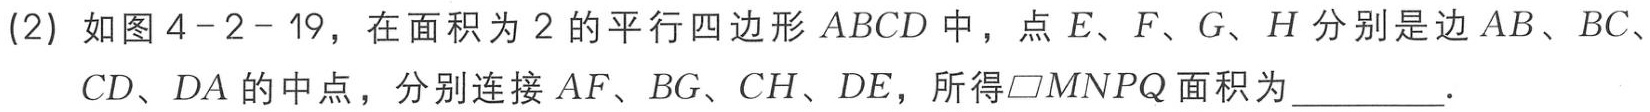
(2) 如图4 - 2 - 19，在面积为2的平行四边形$ABCD$中，点$E、F、G、H$分别是边$AB、BC、CD、DA$的中点，分别连接$AF、BG、CH、DE$，所得$\square MNPQ$面积为________．